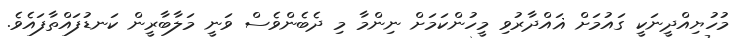
މުހުޔިއްދީނަކީ ގައުމަށް ޣައްދާރުވި މީހުންކަމަށް ނިންމާ މި ދެބެންވެސް ވަނީ މަލާބާރީން ކަނޑުފައްތާފައެވެ.